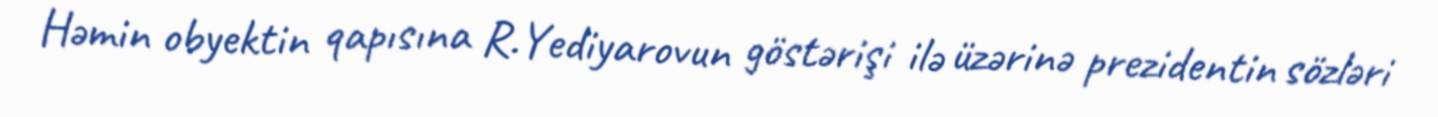
Həmin obyektin qapısına R.Yediyarovun göstərişi ilə üzərinə prezidentin sözləri